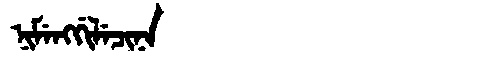
Manchu: ᠨᡳᠮᡝᠩᡤᡳᠯᡝᠴᡳᠨᠠ
Romanization: NIMENGGILECINA